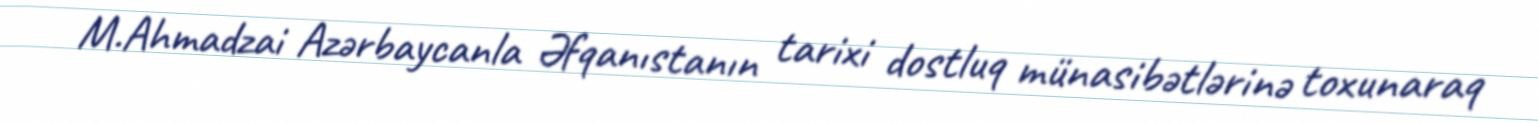
M.Ahmadzai Azərbaycanla Əfqanıstanın tarixi dostluq münasibətlərinə toxunaraq